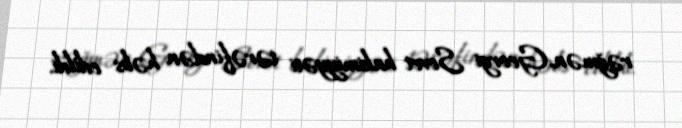
rəğmən, Georgi Sovet hakimiyyəti tərəfindən həbs edildi.